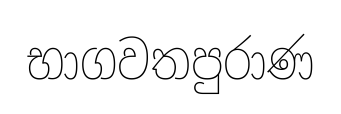
භාගවතපුරාණ